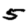
Digit: 5